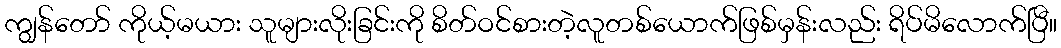
ကျွန်တော် ကိုယ့်မယား သူများလိုးခြင်းကို စိတ်ဝင်စားတဲ့လူတစ်ယောက်ဖြစ်မှန်းလည်း ရိပ်မိလောက်ပြီ။